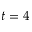
t = 4